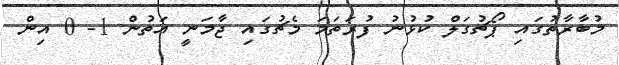
މުބާރާތުގައި ޕޯޗުގަލް ކުޅުނު ފުރަތަމަ މެޗުގައި ޖާމަނީ އަތުން 1- 0 އިން